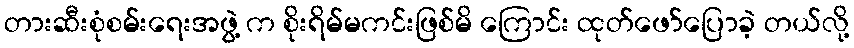
တားဆီးစုံစမ်းရေးအဖွဲ့ က စိုးရိမ်မကင်းဖြစ်မိ ကြောင်း ထုတ်ဖော်ပြောခဲ့ တယ်လို့